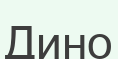
Дино